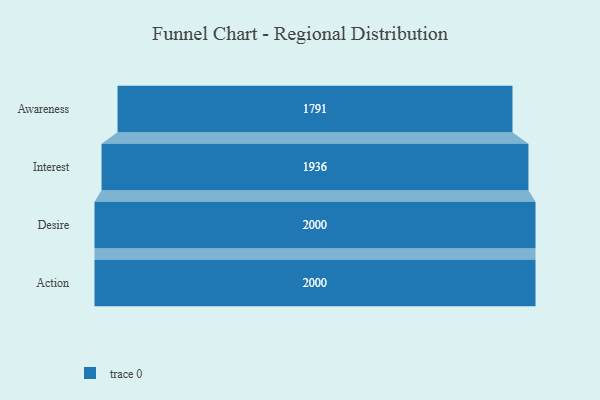
{"axis": {"x": "Stage", "y": "Value"}, "legend": [""], "data": [{"x": "Awareness", "y": 1791.0, "type": ""}, {"x": "Interest", "y": 1936.0, "type": ""}, {"x": "Desire", "y": 2000, "type": ""}, {"x": "Action", "y": 2000, "type": ""}]}